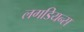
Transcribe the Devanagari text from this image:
लगडियन्स